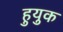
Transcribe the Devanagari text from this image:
हुयुक